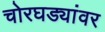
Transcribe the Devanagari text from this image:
चोरघड्यांवर